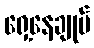
ရှေ့နေချုပ်